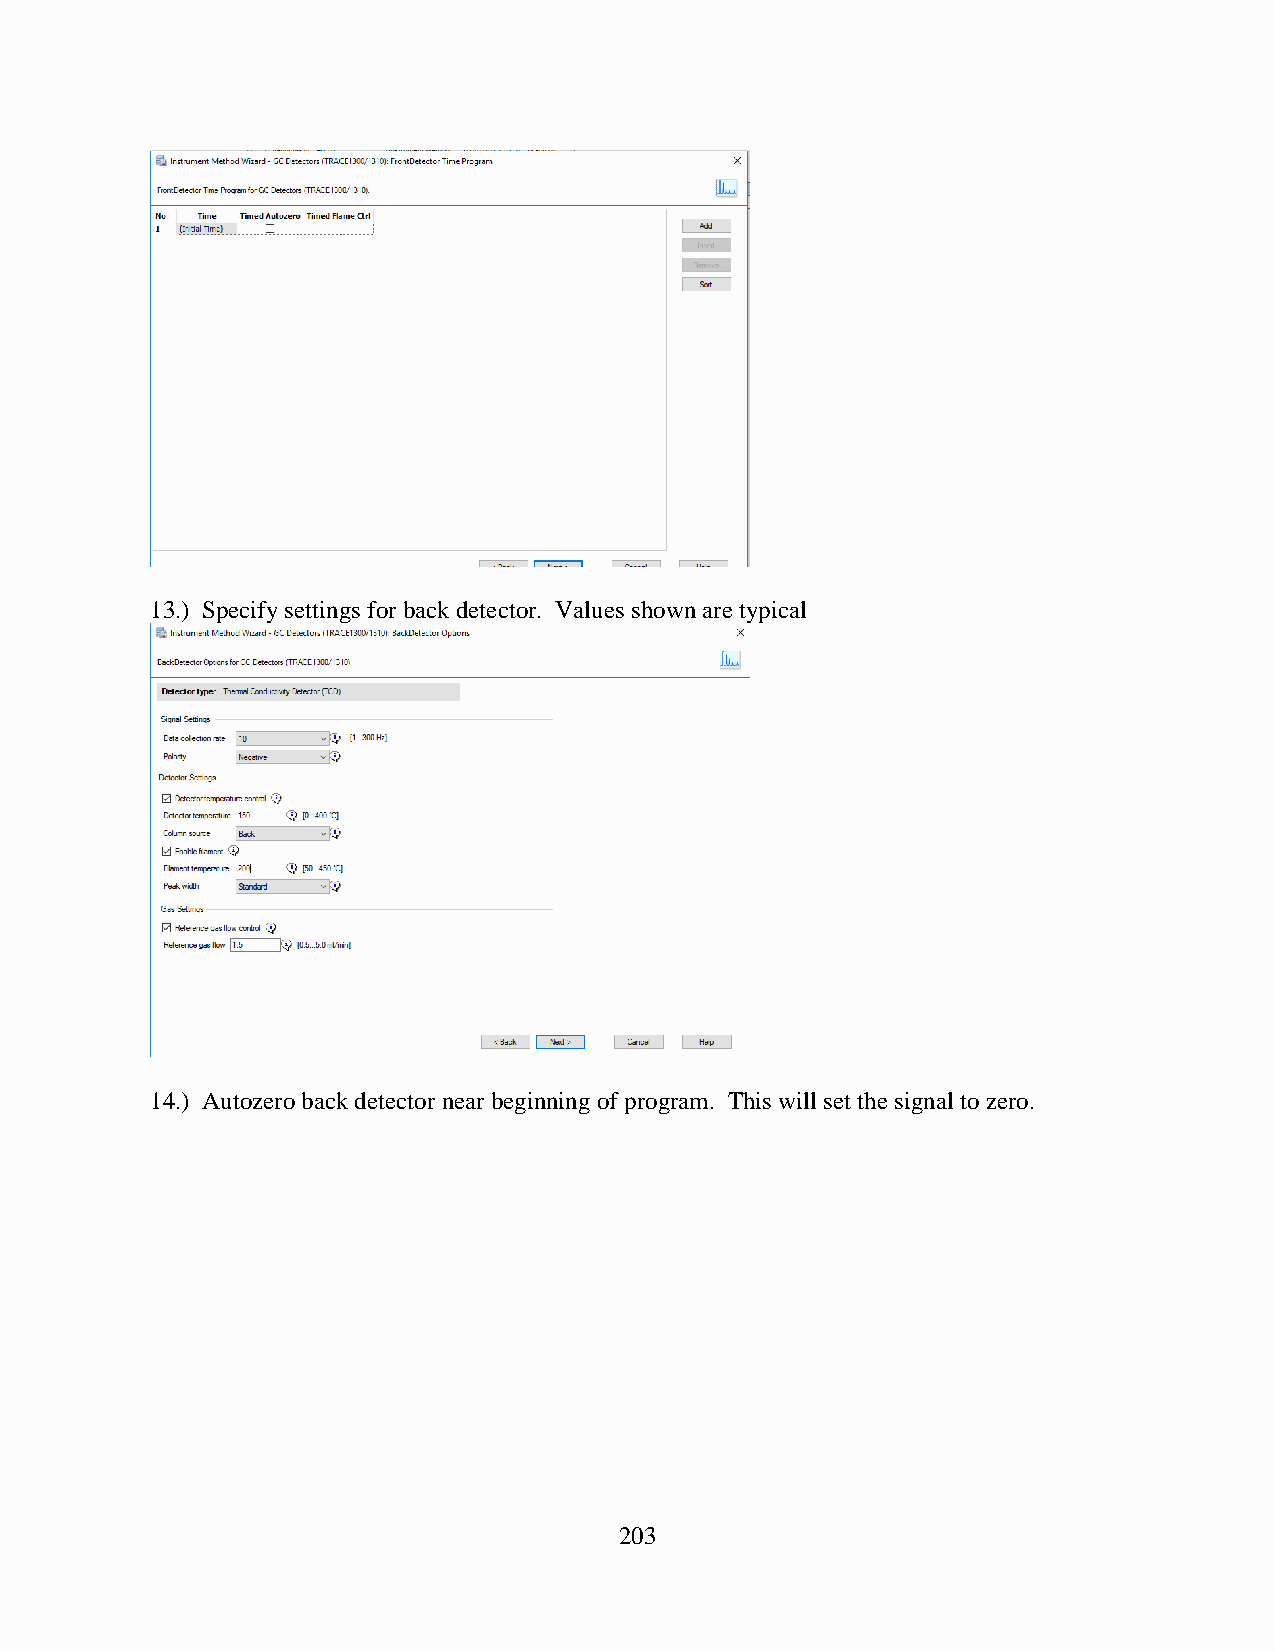
13.) Specify settings for back detector. Values shown are typical
 14.) Autozero back detector near beginning of program. This will set the signal to zero.
 203